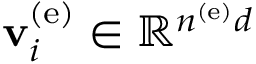
{ \bf v } _ { i } ^ { \left( \mathrm { e } \right) } \in \mathbb { R } ^ { n ^ { \left( \mathrm { e } \right) } d }